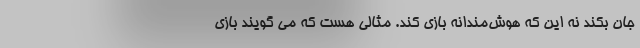
جان بکَند نه این که هوش‌مندانه بازی کند. مثالی هست که می گویند بازی